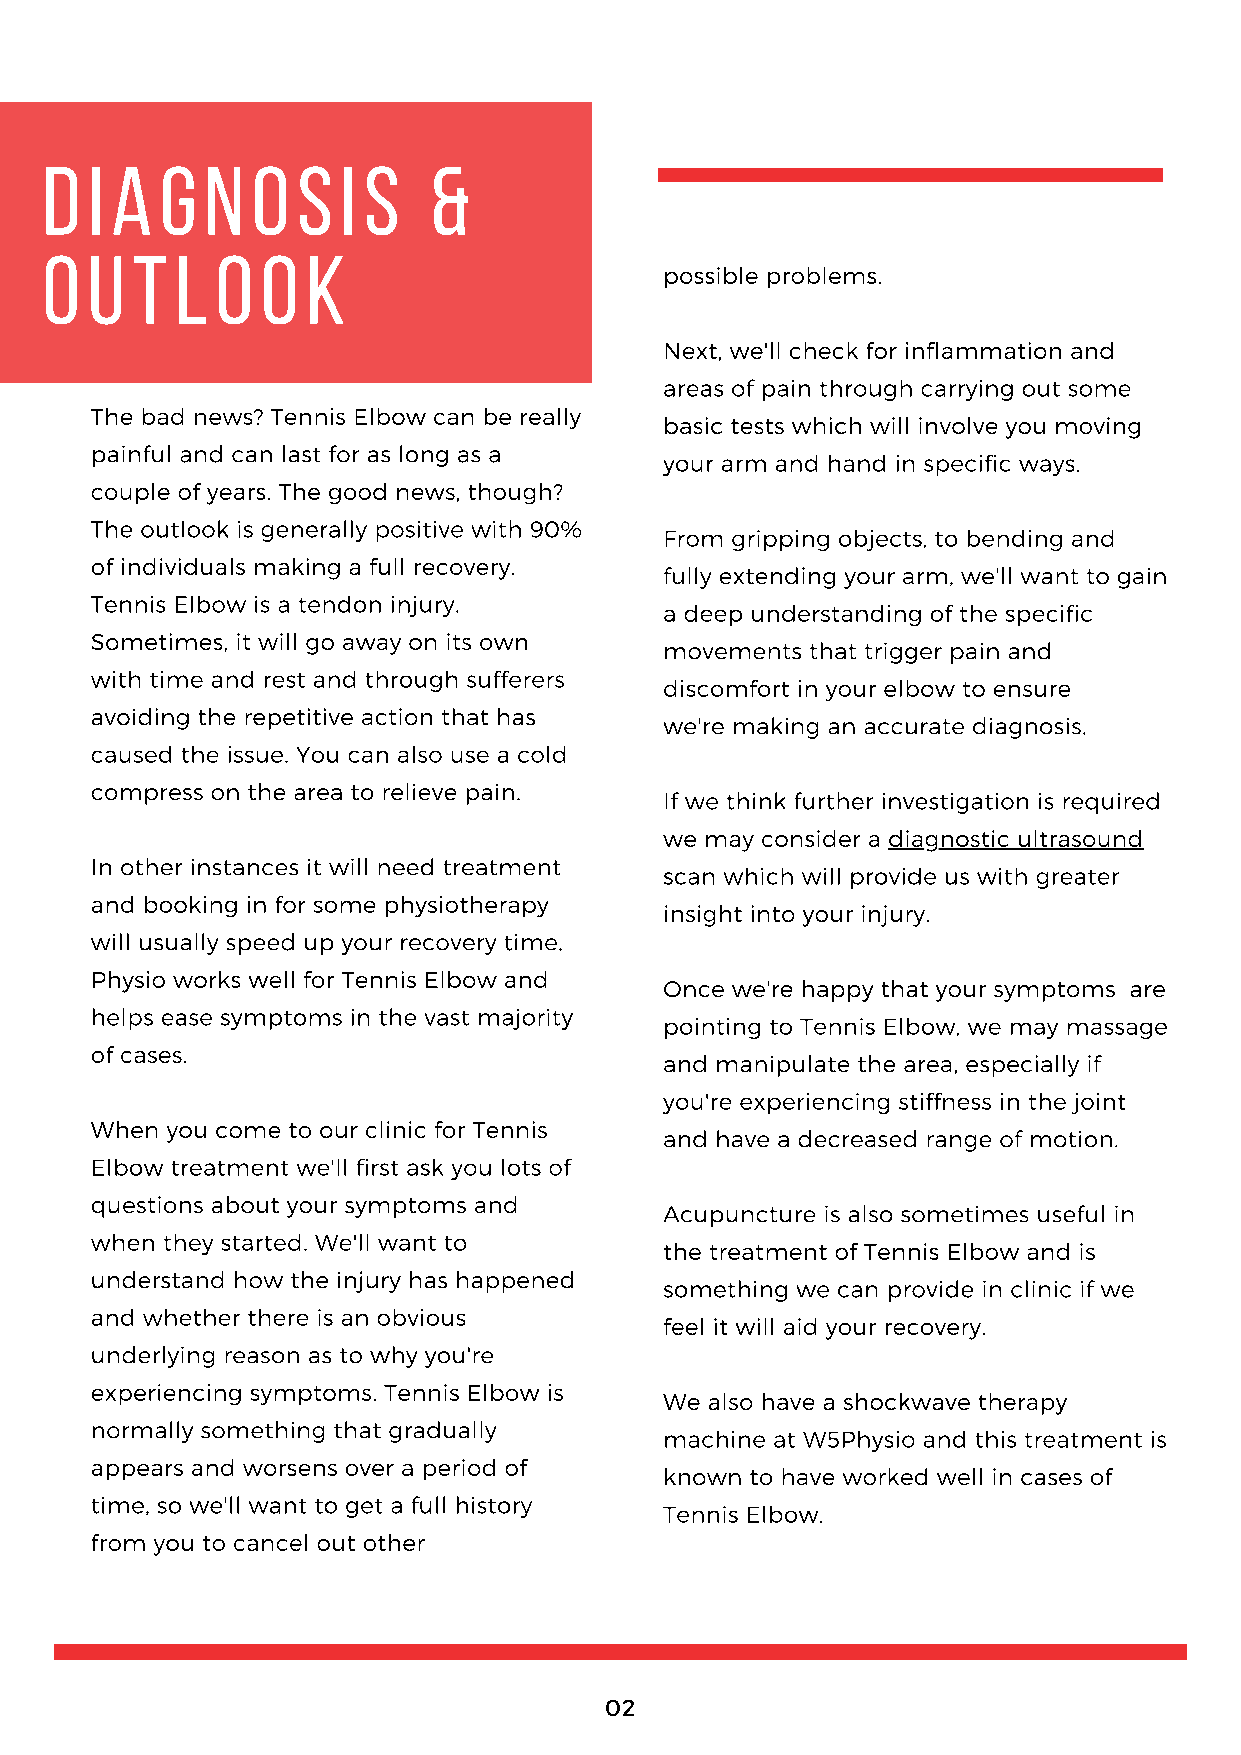
d  i a  g  n  o  s  i s  &
 o  u  t  l o  o  k
 possible problems.
 Next, we'll check for inflammation and
 areas of pain through carrying out some
 The bad news? Tennis Elbow can be really
 basic tests which will involve you moving
 painful and can last for as long as a
 your arm and hand in specific ways.
 couple of years. The good news, though?
 The outlook is generally positive with 90%
 From gripping objects, to bending and
 of individuals making a full recovery.
 fully extending your arm, we'll want to gain
 Tennis Elbow is a tendon injury.
 a deep understanding of the specific
 Sometimes, it will go away on its own
 movements that trigger pain and
 with time and rest and through sufferers
 discomfort in your elbow to ensure
 avoiding the repetitive action that has
 we're making an accurate diagnosis.
 caused the issue. You can also use a cold
 compress on the area to relieve pain.
 If we think further investigation is required
 we may consider a diagnostic ultrasound
 In other instances it will need treatment
 scan which will provide us with greater
 and booking in for some physiotherapy
 insight into your injury.
 will usually speed up your recovery time.
 Physio works well for Tennis Elbow and
 Once we're happy that your symptoms are
 helps ease symptoms in the vast majority
 pointing to Tennis Elbow, we may massage
 of cases.
 and manipulate the area, especially if
 you're experiencing stiffness in the joint
 When you come to our clinic for Tennis
 and have a decreased range of motion.
 Elbow treatment we'll first ask you lots of
 questions about your symptoms and
 Acupuncture is also sometimes useful in
 when they started. We'll want to
 the treatment of Tennis Elbow and is
 understand how the injury has happened
 something we can provide in clinic if we
 and whether there is an obvious
 feel it will aid your recovery.
 underlying reason as to why you're
 experiencing symptoms. Tennis Elbow is
 We also have a shockwave therapy
 normally something that gradually
 machine at W5Physio and this treatment is
 appears and worsens over a period of
 known to have worked well in cases of
 time, so we'll want to get a full history
 Tennis Elbow.
 from you to cancel out other
 02